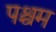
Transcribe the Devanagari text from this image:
पश्चम